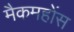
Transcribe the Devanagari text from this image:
मैकमहोंस